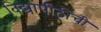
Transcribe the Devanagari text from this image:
विद्यापीठीची